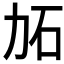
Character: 𱐫